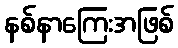
နစ်နာကြေးအဖြစ်